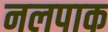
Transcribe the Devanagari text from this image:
नलपाक